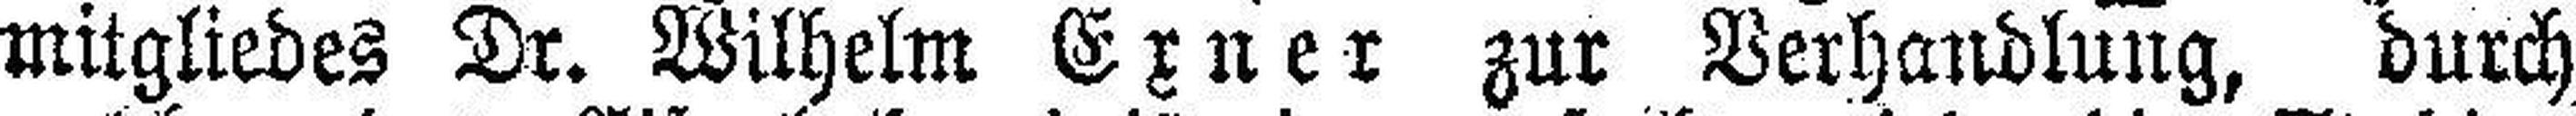
mitgliedes Dr. Wilhelm Exner zur Verhandlung, durch